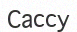
Сассу